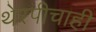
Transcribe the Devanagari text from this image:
थेरपीचाही